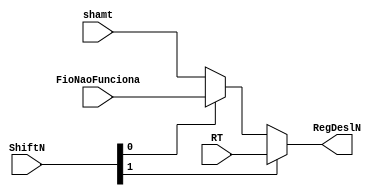
module MuxNRegDesl (
  input wire [1:0] ShiftN,
  input wire [4:0] shamt,
  input wire [4:0] FioNaoFunciona,
  input wire [4:0] RT,

  output reg [4:0] RegDeslN
);

  always @(*) begin
    RegDeslN = ((ShiftN[1]) ? (RT) : ((ShiftN[0]) ? FioNaoFunciona : shamt));
  end
endmodule

// 00 => shamt
// 01 => FioNaoFunciona
// 10 => RT